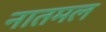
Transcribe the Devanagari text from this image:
नातमल